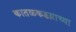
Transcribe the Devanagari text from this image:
कातळकडय़ाच्या